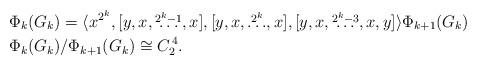
LaTeX: \begin{align*} & \Phi_{k}(G_k)=\langle x^{2^k},[y,x, \overset{2^k-1}{\ldots}, x], [y,x, \overset{2^k}{\ldots}, x], [y,x, \overset{2^k-3}{\ldots}, x,y]\rangle \Phi_{k+1}(G_k)\\ & \Phi_k(G_k)/\Phi_{k+1}(G_k) \cong C_2^{\,4}. \end{align*}